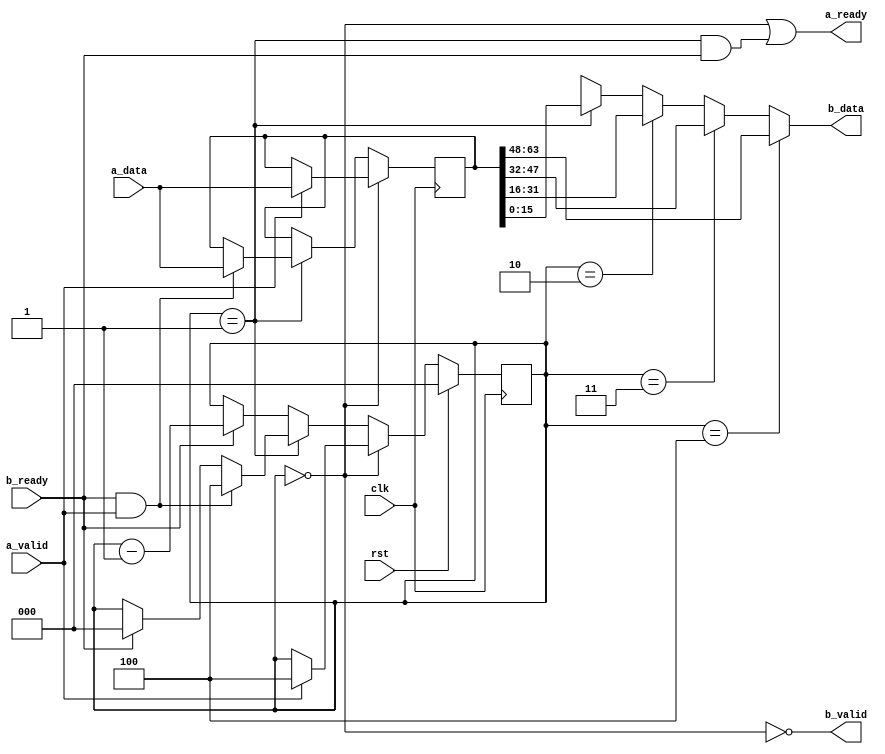
module fifo_1d_64to16(
    input  wire         clk,
    input  wire         rst,
    // Incoming port
    input  wire [63:0]  a_data,
    input  wire         a_valid,
    output wire         a_ready,
    // Outgoing port
    output wire [15:0]  b_data,
    output wire         b_valid,
    input  wire         b_ready
);
    // Transfer higher order byte to lower order
    reg [63:0] fifo;
    reg [2:0] fifo_level;
    wire fifo_almost_empty = (fifo_level == 1);
    wire fifo_empty = (fifo_level == 0);

    always @(posedge clk) begin
        if (fifo_empty) begin
            // Output invalid, if with valid input, fill input
            if (a_valid) begin
                fifo <= a_data;
                fifo_level <= 4;
            end
        end
        else if (fifo_almost_empty) begin
            // Almost empty, output valid, input ready only if output is ready
            if (b_ready && a_valid) begin
                fifo <= a_data;
                fifo_level <= 4;
            end
            else if (b_ready) begin
                fifo_level <= 0;
            end
        end
        else begin
            // Output valid, input not ready, if with valid output, shift
            if (b_ready) begin
                fifo_level <= fifo_level - 1;
            end
        end

        if (rst) begin
            fifo_level <= 0;
        end
    end

    // RX data if fifo is empty
    assign a_ready = fifo_empty || (fifo_almost_empty && b_ready);
    assign b_valid = !fifo_empty;
    assign b_data =
            (fifo_level == 4) ? fifo[63:48] :
            (fifo_level == 3) ? fifo[47:32] :
            (fifo_level == 2) ? fifo[31:16] :
            (fifo_level == 1) ? fifo[15:0] : 16'bx;

endmodule